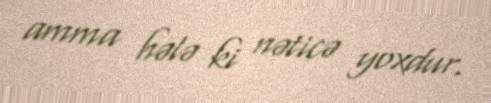
amma hələ ki nəticə yoxdur.